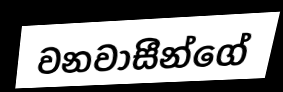
වනවාසීන්ගේ